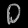
Digit: ၀